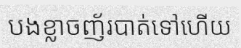
បងខ្លាចញ័របាត់ទៅហើយ